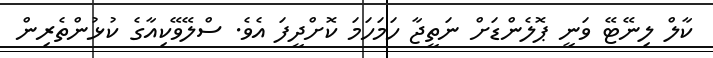
ކާލް ލިނޭޓޭ ވަނީ ޕޮލެންޑަށް ނަތީޖާ ހަމަހަމަ ކޮށްދީފަ އެވެ. ސްލޭވޭކިއާގެ ކުޅުންތެރިން